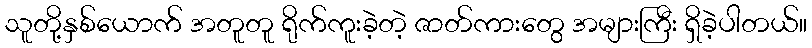
သူတို့နှစ်ယောက် အတူတူ ရိုက်ကူးခဲ့တဲ့ ဇာတ်ကားတွေ အများကြီး ရှိခဲ့ပါတယ်။